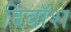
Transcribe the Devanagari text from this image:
दिबॉश